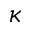
\kappa